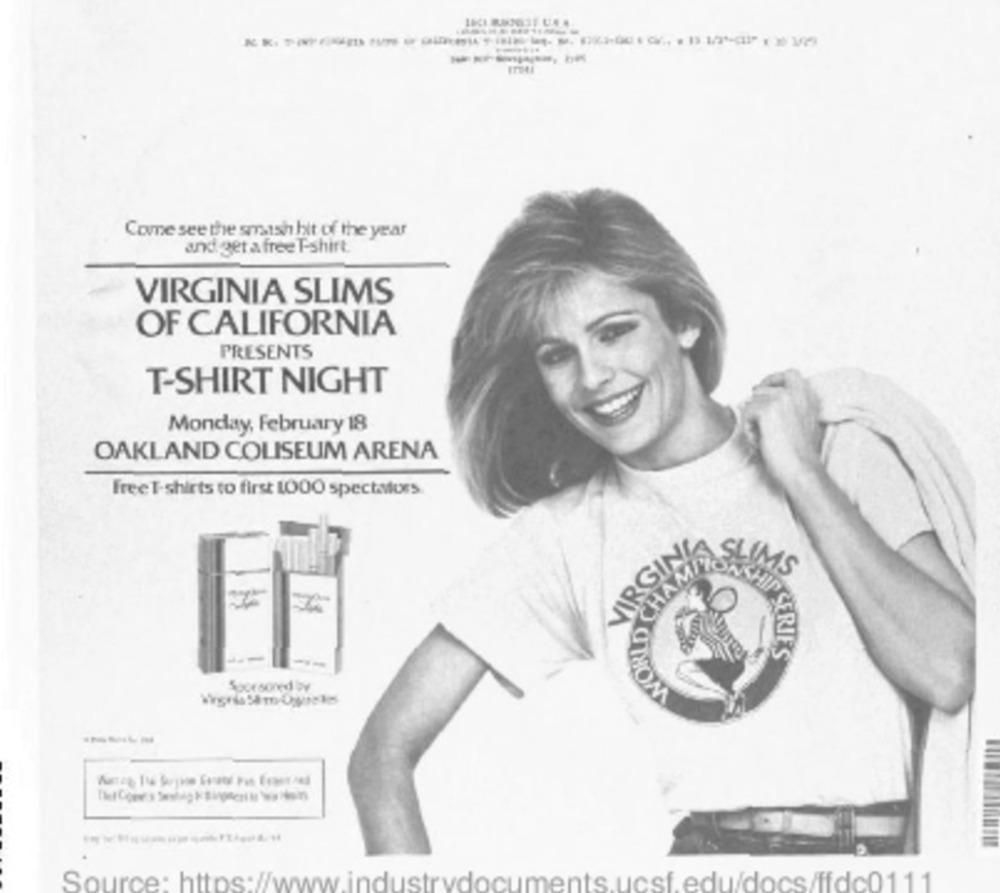
Come see the smash hit of the year
and get a free T-shirt.
VIRGINIA SLIMS
OF CALIFORNIA
PRESENTS
T-SHIRT NIGHT
Monday, February 18
OAKLAND COLISEUM ARENA
FreeT-shirts to first 1000 spectators.
VIRGIN
WORLD CHAM
IMS
CERIES
Spor soned by
----
Source: https://www.industrydocuments.ucsf.edu/docs/ffdc0111